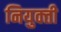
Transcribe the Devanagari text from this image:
नियुक्‍ती